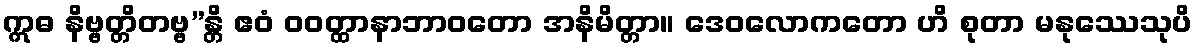
ဣဓ နိဗ္ဗတ္တိတဗ္ဗ”န္တိ ဧဝံ ဝဝတ္ထာနာဘာဝတော အနိမိတ္တာ။ ဒေဝလောကတော ဟိ စုတာ မနုဿေသုပိ